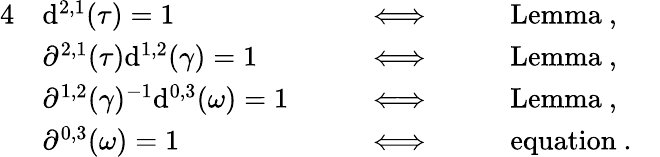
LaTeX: \begin{array}{rlrlrlr}{{4}}&{\mathrm{d}^{2,1}(\tau)=1}&&{\Longleftrightarrow}&&{\mathrm{Lemma~},}&\\ &{\partial^{2,1}(\tau)\mathrm{d}^{1,2}(\gamma)=1}&&{\Longleftrightarrow}&&{\mathrm{Lemma~},}&\\ &{\partial^{1,2}(\gamma)^{-1}\mathrm{d}^{0,3}(\omega)=1\quad}&&{\Longleftrightarrow\quad}&&{\mathrm{Lemma~},}&\\ &{\partial^{0,3}(\omega)=1}&&{\Longleftrightarrow}&&{\mathrm{equation~}.}&\end{array}